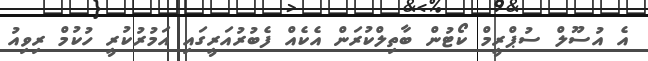
އެ އުސޫލް ސުޕްރީމް ކޯޓުން ބާތިލްކުރަން އެކެއް ފެބުރުއަރީގައި އަމުރުކުރީ ހުކުމް ރިވިއު